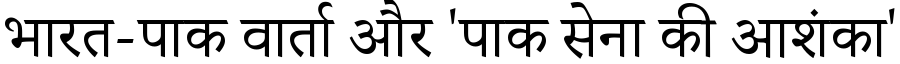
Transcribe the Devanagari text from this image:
भारत-पाक वार्ता और 'पाक सेना की आशंका'